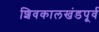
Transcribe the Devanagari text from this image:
शिवकालखंडपूर्व